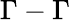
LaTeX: \Gamma-\Gamma